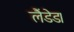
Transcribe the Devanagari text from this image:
लैंडेड।